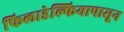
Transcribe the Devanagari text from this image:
फिलाडेल्फियापासून